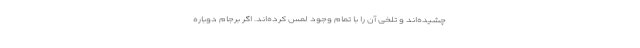
چشیده‌اند و تلخی آن را با تمام وجود لمس کرده‌اند. اگر برجام دوباره